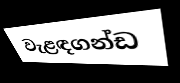
වැළඳගන්ඩ